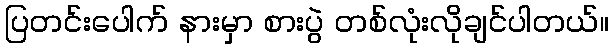
ပြတင်းပေါက် နားမှာ စားပွဲ တစ်လုံးလိုချင်ပါတယ်။